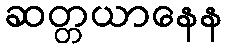
ဆတ္တယာနေန